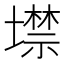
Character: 𡑲